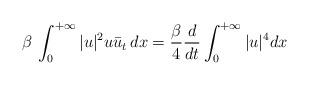
LaTeX: \begin{align*} \beta\, \int_0^{+\infty}|u|^2u\bar{u}_t\,dx=\frac{\beta}{4}\frac{d}{dt}\int_0^{+\infty}|u|^4dx\end{align*}